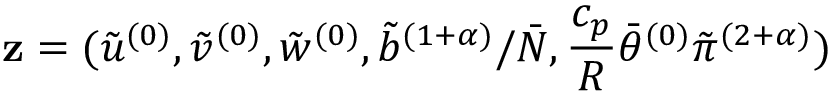
\mathbf { z } = ( \tilde { u } ^ { ( 0 ) } , \tilde { v } ^ { ( 0 ) } , \tilde { w } ^ { ( 0 ) } , \tilde { b } ^ { ( 1 + \alpha ) } / \bar { N } , \frac { c _ { p } } { R } \bar { \theta } ^ { ( 0 ) } \tilde { \pi } ^ { ( 2 + \alpha ) } )